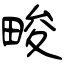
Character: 畯